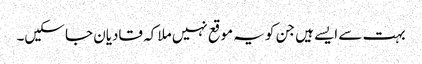
بہت سے ایسے ہیں جن کو یہ موقع نہیں ملا کہ قادیان جا سکیں۔